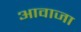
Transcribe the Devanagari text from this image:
आवाजा